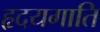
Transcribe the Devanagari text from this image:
हृदयगाति